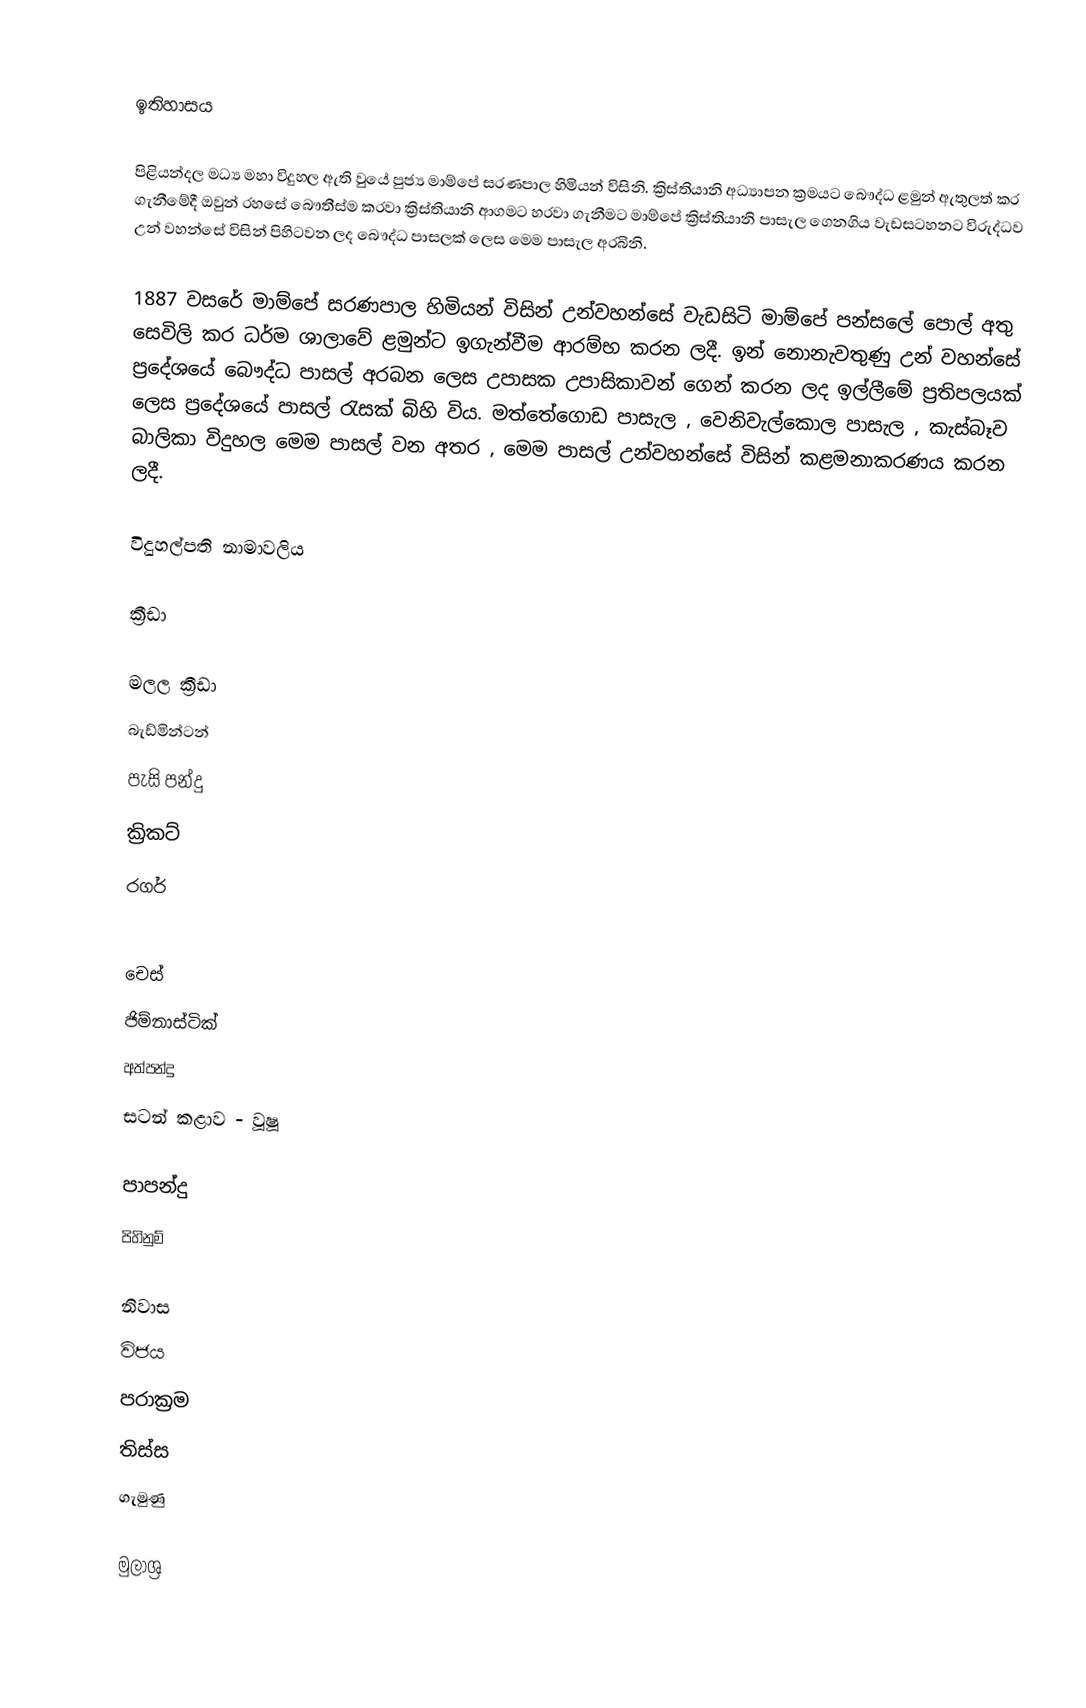

ඉතිහාසය

පිළියන්දල මධ්‍ය මහා විදුහල ඇති වුයේ පුජ්‍ය මාම්පේ සරණපාල හිමියන් විසිනි. ක්‍රිස්තියානි අධ්‍යාපන ක්‍රමයට බෞද්ධ ළමුන් ඇතුලත් කර ගැනීමේදී ඔවුන් රහසේ බෞතීස්ම කරවා ක්‍රිස්තියානි ආගමට හරවා ගැනීමට මාම්පේ ක්‍රිස්තියානි පාසැල ගෙනගිය වැඩසටහනට විරුද්ධව උන් වහන්සේ විසින් පිහිටවන ලද බෞද්ධ පාසලක් ලෙස මෙම පාසැල අරබිනි.

1887 වසරේ මාම්පේ සරණපාල හිමියන් විසින් උන්වහන්සේ වැඩසිටි මාම්පේ පන්සලේ පොල් අතු සෙවිලි කර ධර්ම ශාලාවේ ළමුන්ට ඉගැන්වීම ආරම්භ කරන ලදී. ඉන් නොනැවතුණු උන් වහන්සේ ප්‍රදේශයේ බෞද්ධ පාසල් අරබන ලෙස උපාසක උපාසිකාවන් ගෙන් කරන ලද ඉල්ලීමේ ප්‍රතිපලයක් ලෙස ප්‍රදේශයේ පාසල් රැසක් බිහි විය. මත්තේගොඩ පාසැල , වෙනිවැල්කොල පාසැල , කැස්බෑව බාලිකා විදුහල මෙම පාසල් වන අතර , මෙම පාසල් උන්වහන්සේ විසින් කළමනාකරණය කරන ලදී.

විදුහල්පති නාමාවලිය

ක්‍රීඩා

 මලල ක්‍රීඩා
 බැඩ්මින්ටන්
 පැසි පන්දු
 ක්‍රිකට්
 රගර්

 චෙස්
 ජිම්නාස්ටික්
 අත්පන්දු
සටන් කළාව -  වූෂූ

 පාපන්දු
 පිහිනුම්

නිවාස
විජය
පරාක්‍රම
තිස්ස
ගැමුණු

මුලාශ්‍ර